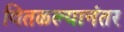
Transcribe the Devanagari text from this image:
वितळल्यानंतर